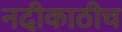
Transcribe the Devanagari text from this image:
नदीकाठीच